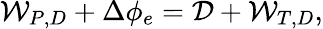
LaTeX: \mathcal{W}_{P,D}+\Delta\phi_{e}=\mathcal{D}+\mathcal{W}_{T,D},